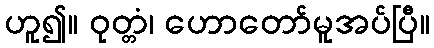
ဟူ၍။ ဝုတ္တံ၊ ဟောတော်မူအပ်ပြီ။